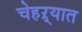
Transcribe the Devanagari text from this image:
चेहऱ्यात